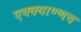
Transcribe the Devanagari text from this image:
एक्क्याण्णव